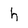
Character: h